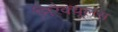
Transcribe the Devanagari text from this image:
मिरैक्यूलस